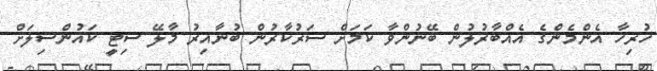
ހުރިހާ އެންމެންގެ އެއްބާރުލުން ބޭނުންވާ ކަމަށް ސަރުކާރުން ބުނާއިރު މާލޭ ސިޓީ ކައުންސިލަށް